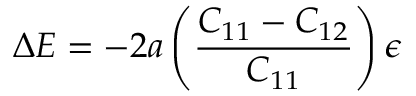
\Delta E = - 2 a \left( { \frac { C _ { 1 1 } - C _ { 1 2 } } { C _ { 1 1 } } } \right) \epsilon